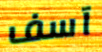
آسف